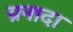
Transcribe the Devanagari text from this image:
ग्रनादा